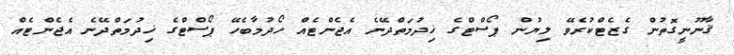
ޤާނޫނީގޮތުން ގެޒެޓްކުރެވޭ ލިޔުން ޕޯސްޓްގެ ޚިދުމަތްދޭނެ އެޖެންޓެއް ހޯދުމާބެހޭ ޕޯސްޓްގެ ޚިދުމަތްދޭނެ އެޖެންޓެއް